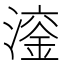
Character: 𪷙